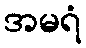
အမရံ